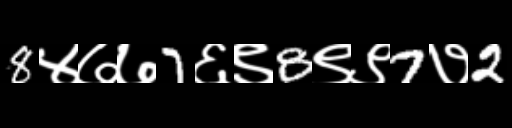
Text: 8४७७7६९8९९7७2